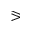
\eqslantgtr